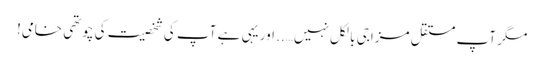
مگر آپ مستقل مزاجی بالکل نہیں….. اور یہی ہے آپ کی شخصیت کی چوتھی خامی!